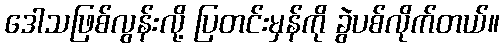
ဒေါသဖြစ်လွန်းလို့ ပြတင်းမှန်ကို ခွဲပစ်လိုက်တယ်။